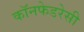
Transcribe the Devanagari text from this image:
कॉनफेडरेसी